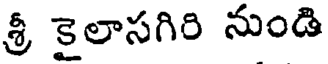
శ్రీ కైలాసగిరి నుండి